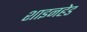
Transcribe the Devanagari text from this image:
शाइनहेड